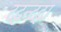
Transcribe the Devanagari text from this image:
द्दन्द्दा